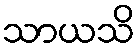
သာယသိ